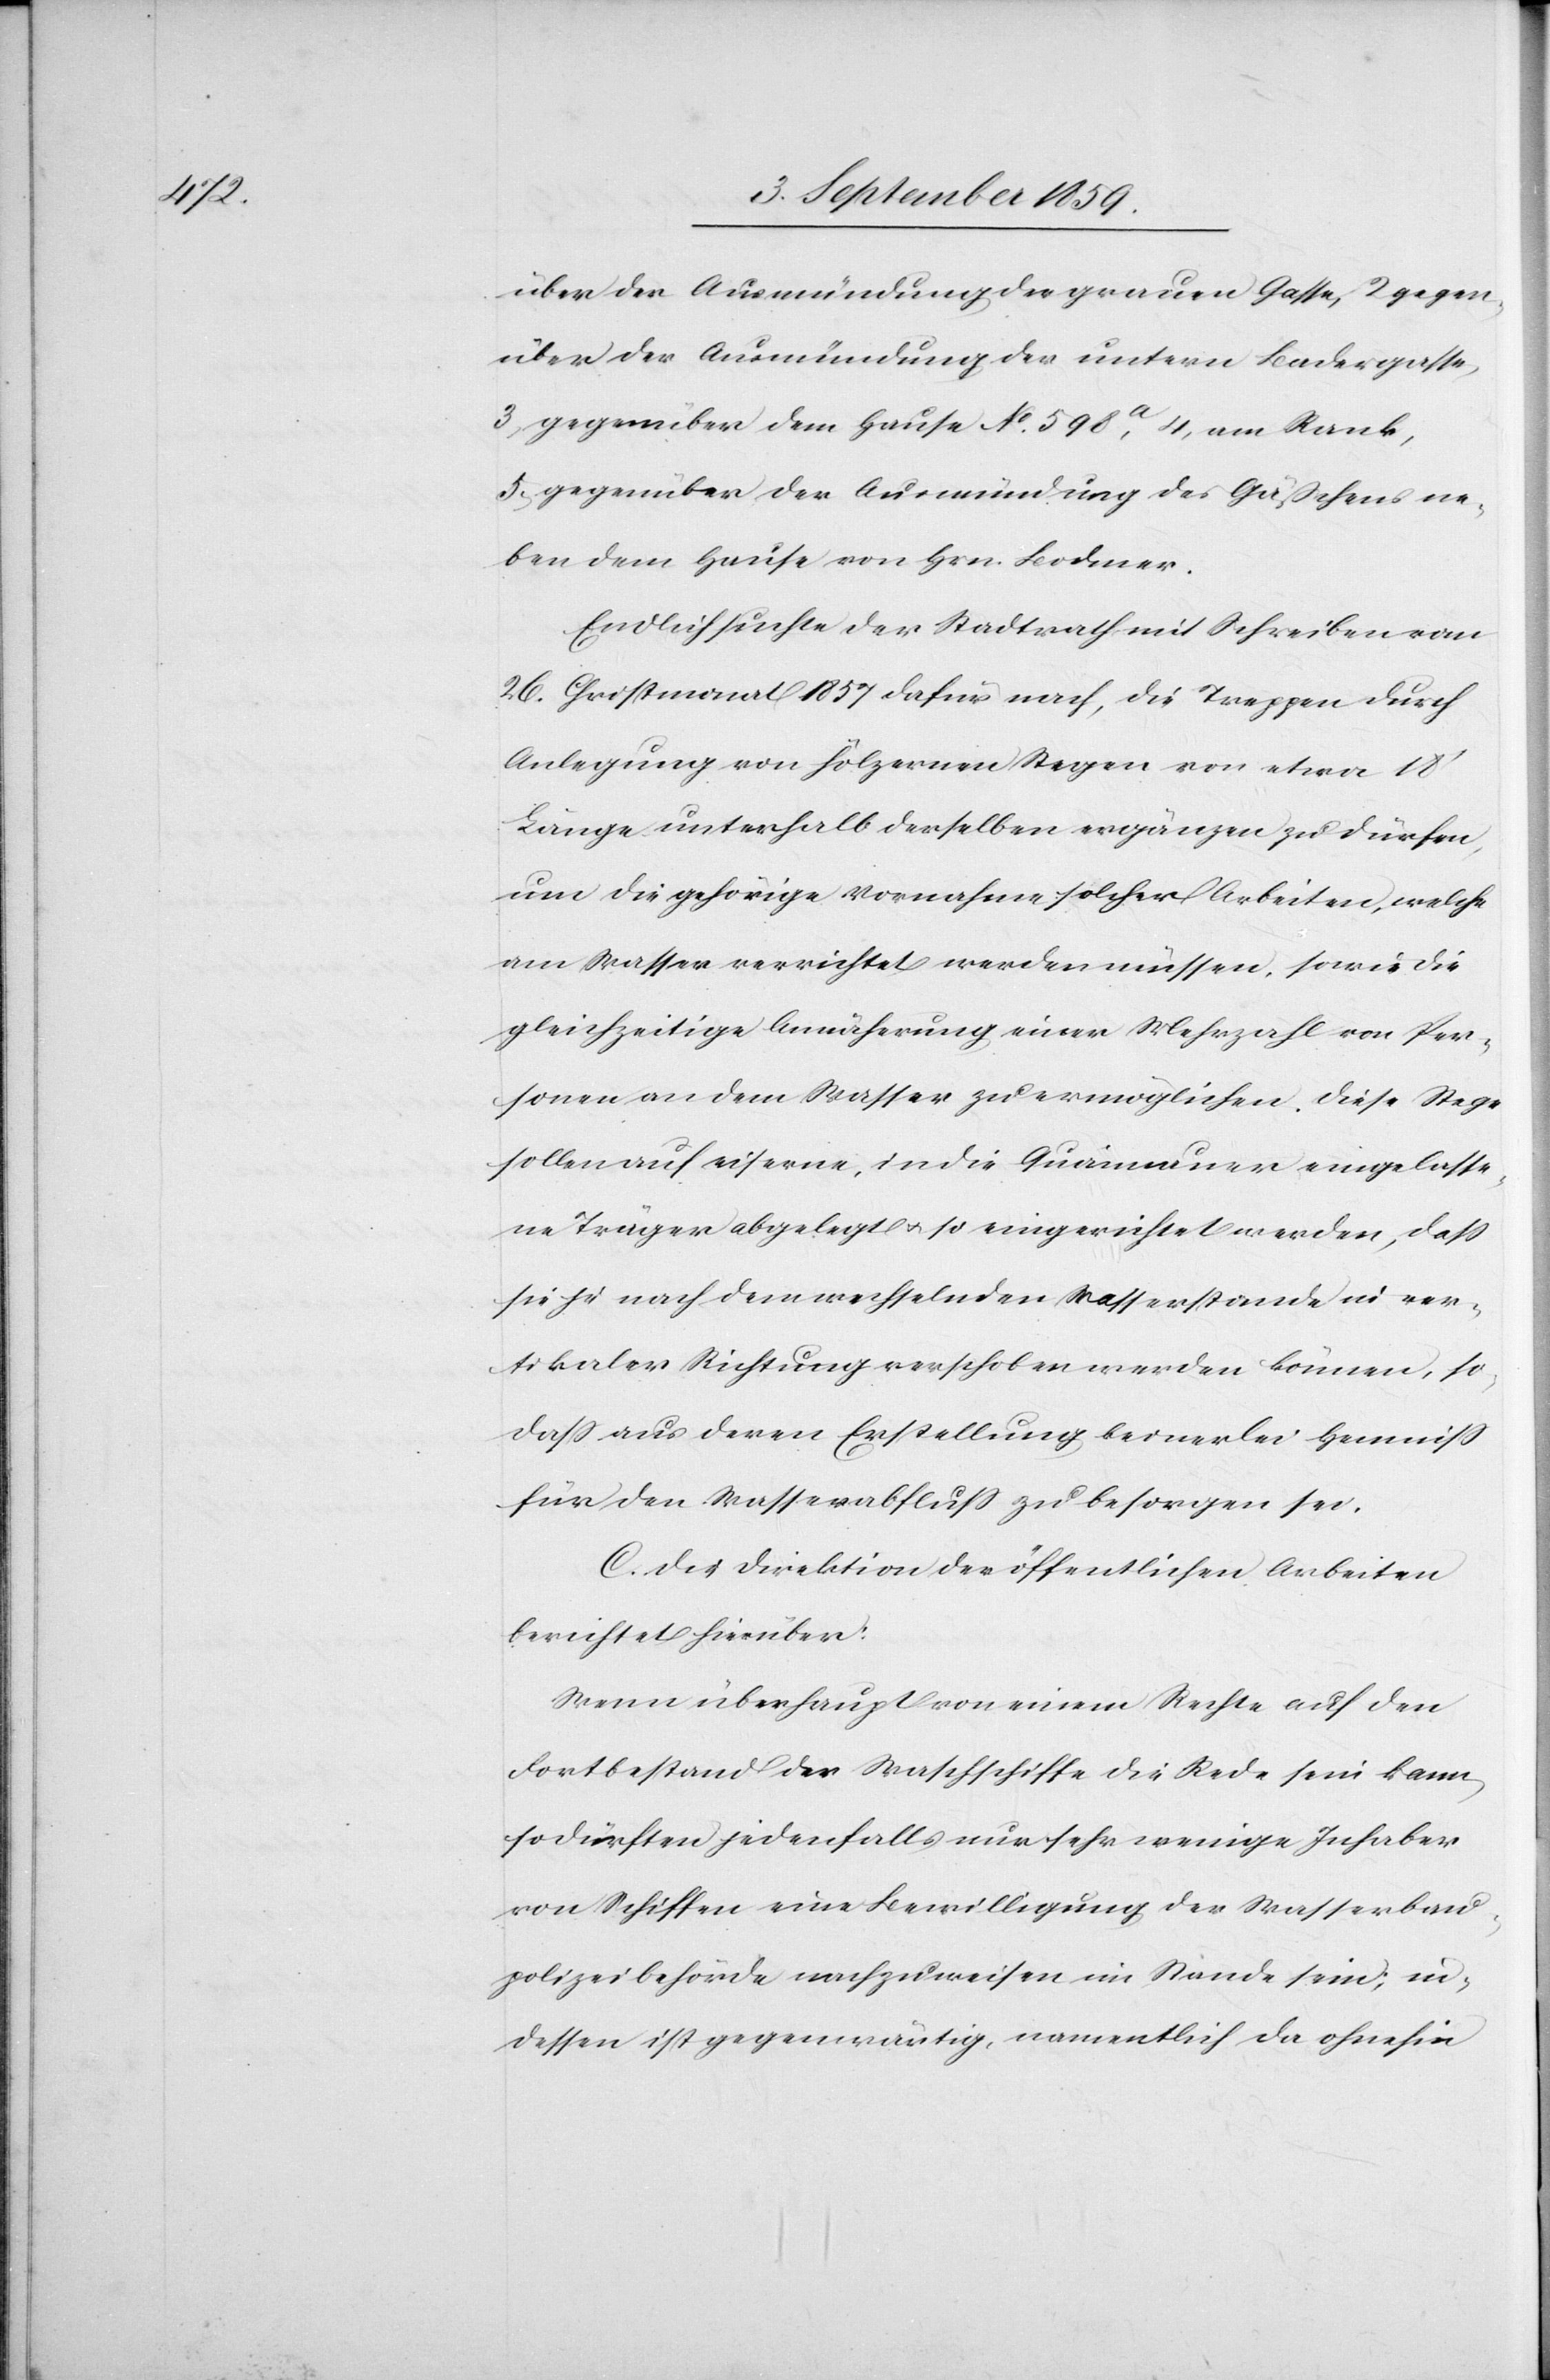
über der Ausmündung der grauen Gasse, 2 gegen¬
über der Ausmündung der untern Badergasse,
3 gegenüber dem Hause No. 598a, 4, am Rank,
5. gegenüber der Ausmündung des Gäßchens ne¬
ben dem Hause von Hrn. Bodmer.
Endlich suchte der Stadtrath mit Schreiben vom
26. Christmonat 1857 dafür nach, die Treppen durch
Anlegung von hölzernen Stegen von etwa 18’
Länge unterhalb derselben ergänzen zu dürfen,
um die gehörige Vornahme solcher Arbeiten, welche
am Wasser verrichtet werden müssen, sowie die
gleichzeitige Annäherung einer Mehrzahl von Per¬
sonen an dem Wasser zu ermöglichen. Diese Stege
sollen auf eiserne, in die Quaimauer eingelasse¬
ne Träger abgelegt & so eingerichtet werden, daß
sie je nach dem wechselnden Wasserstande in ver¬
tikaler Richtung verschoben werden können, so
daß aus deren Erstellung keinerlei Hemniß
für den Wasserabfluß zu besorgen sei.
C. Die Direktion der öffentlichen Arbeiten
berichtet hierüber:
Wenn überhaupt von einem Rechte auf den
Fortbestand der Waschschiffe die Rede sein kann,
so dürften jedenfalls nur sehr wenige Inhaber
von Schiffen eine Bewilligung der Wasserbau¬
polizeibehörde nachzuweisen im Stande sein; in¬
dessen ist gegenwärtig, namentlich da ohnehin